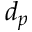
d _ { p }